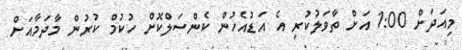
މިއަދަށް 1:00 އަށް ތާވަލުކުރި އެ އަޑުއެހުން ކެންސަލްކޮށް ހުކުމް ކުރުން މާދަމާއަށް